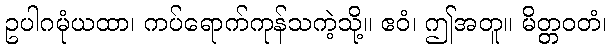
ဥပါဂမုံယထာ၊ ကပ်ရောက်ကုန်သကဲ့သို့။ ဧဝံ၊ ဤအတူ။ မိတ္တဝတံ၊